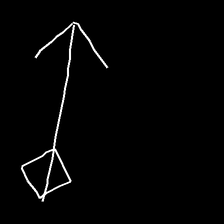
Glyph: focus